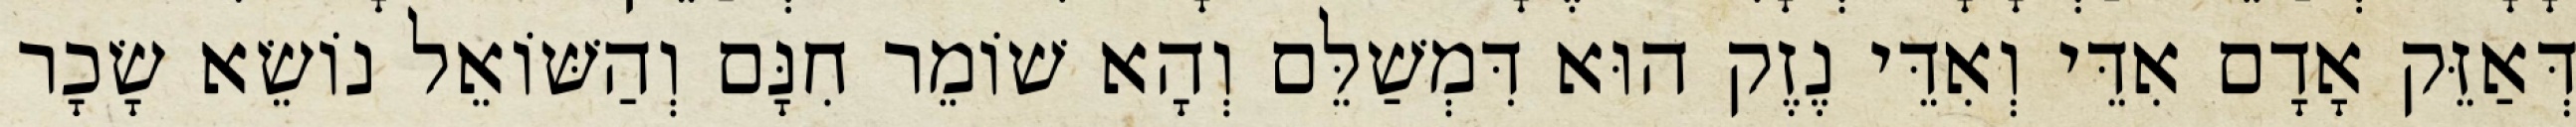
דְּאַזֵּק אָדָם אִדֵּי וְאִדֵּי נֶזֶק הוּא דִּמְשַׁלֵּם וְהָא שׁוֹמֵר חִנָּם וְהַשּׁוֹאֵל נוֹשֵׂא שָׂכָר